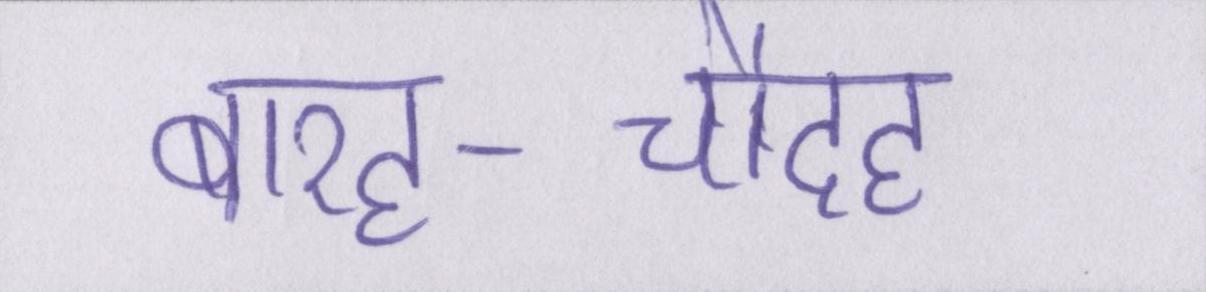
बारह-चौदह